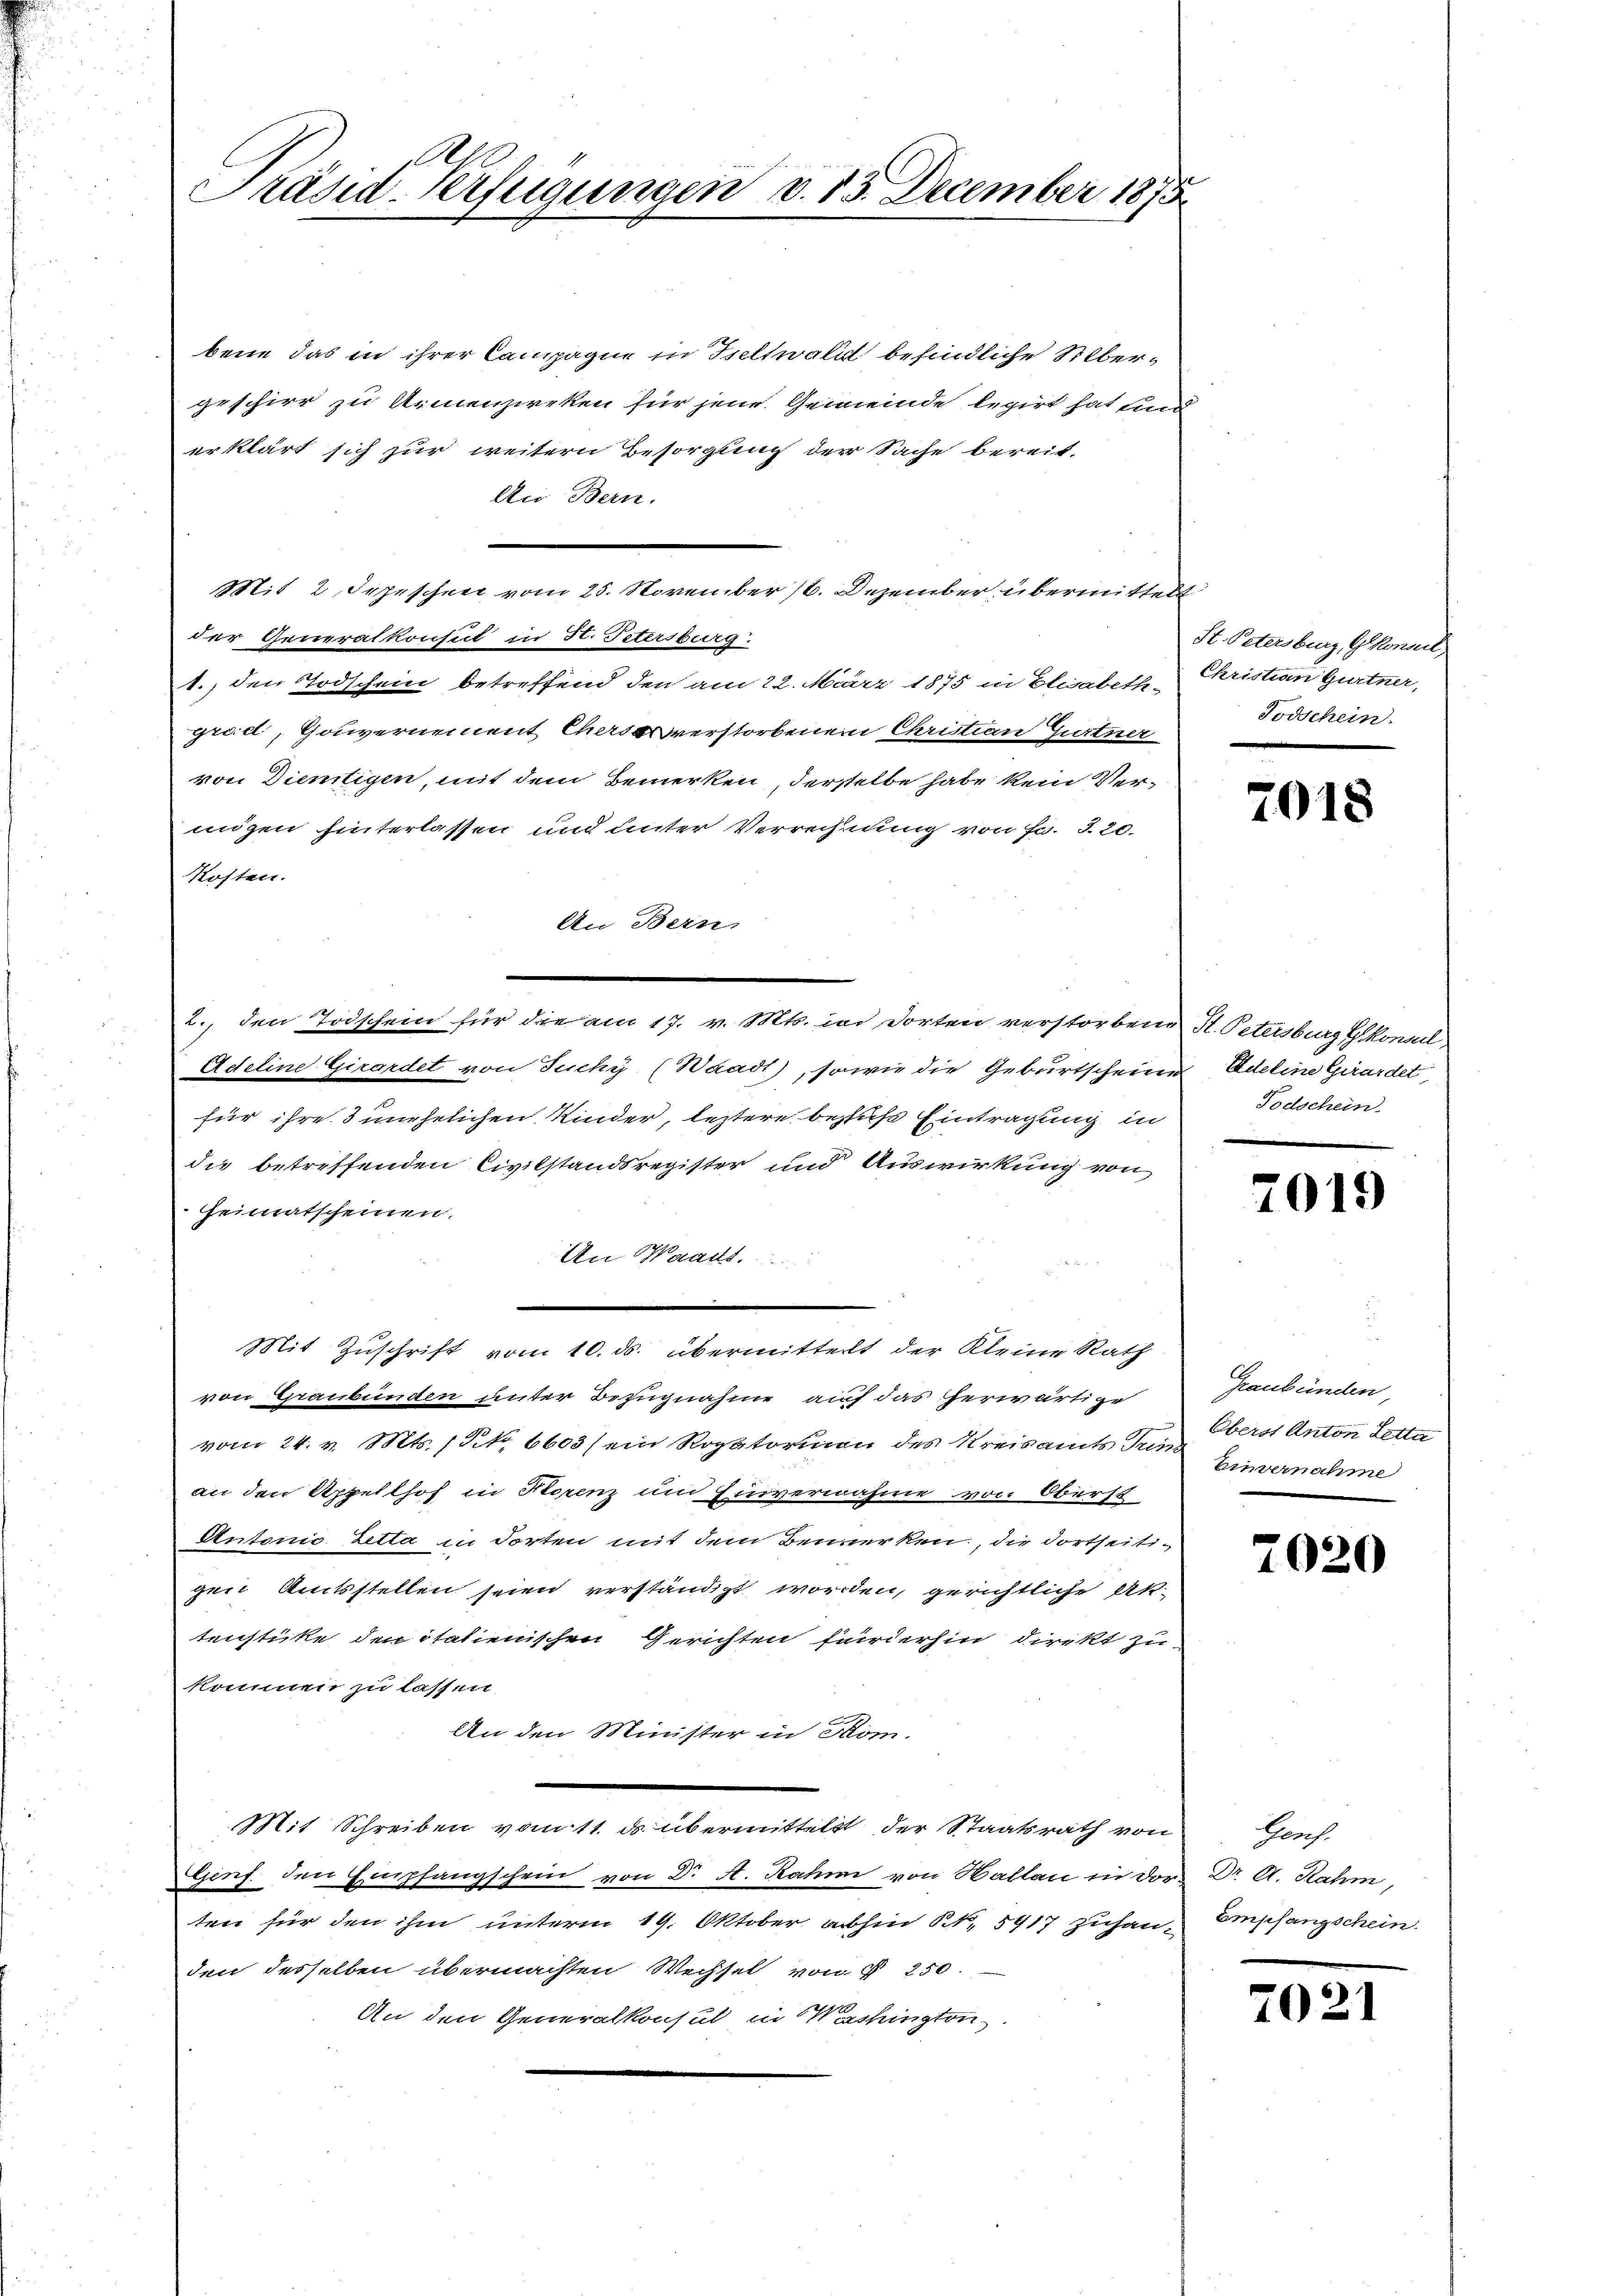
Al
Präsid-Verfügungen v. 15. December 1875

bene das in ihrer Campagne in Zeltwald befindliche Silbergeschier zu Armenzirken für jene Gemeinde legirt hat und
erklärt sich zur weitern Besorgung der Sache bereit-
An Bern.
Mit 2 Depeschen vom 25. November 18. Dezember, übermittelt
der Generalkonsul in 3. Petersburg.
1., den Todschein betreffend den am 22. März 1875 in Elisabeth Christian Gurtner,
grid, Gouvernement Chersasverstorbenen Christian Gurtner
von Dientigen, mit dem Bemerken, derselbe habe kein Vermigen hinterlassen und unter Verrechnung von Fr. 3. 20.
Kosten.
An Bern,
2., den Todschein für die am 17. v. Mts. in dorten verstorbene H. Petersburg konsul
Adeline Girardet von Tuchy (Waadt), sowie die Geburtscheine Adeline Girardet
für ihre 3 unehelichen Kinder, leztere bezius Eintragung in Todschein
die betreffenden Civilstandsregister und Auswirkung von
Heimatscheinen.
An Waadt.
Mit Zuschrift vom 10. ds. übermittelt der Kleine Rath
von Graubünden unter Bezugnahme auf das herwärtige
vom 24. v. Mts. / No 6603 (ein Rogatorion des Kreisamts Turberst Anton Lotte
an den Appellhof in Horenz um Einvernahme von Oberst
Antonio Zetta in dorten mit dem Bemerken, die dortseitigen Amtsstellen seien verständigt worden, gerichtliche Aktenstücke den itatienischen Gerichten fürderhin direkt zu
komnen zu lassen.
An den Minister in Rom.
Mit Schreiben vom 11. ds. übermittelst der Staatsrath von
Genf. den Empfangschein von Dr A. Rahm von Hallau in Dor Dr. A. Rahm,
ten für den ihm unterm 19. Oktober abhin k.k. 5917 zuhan-Empfangschein.
den desselben übermachten Wechsel von § 250.
An den Generalkonsul in Washington

St. Petersburg, Gekonnel,
Todschein.

7018

7019

Graubünden,
Einvernahme

7020

Genf.

7021